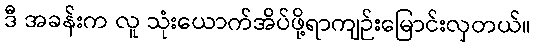
ဒီ အခန်းက လူ သုံးယောက်အိပ်ဖို့ရာကျဉ်းမြောင်းလှတယ်။